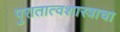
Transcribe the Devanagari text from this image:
पुरातात्वशास्त्राचा